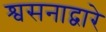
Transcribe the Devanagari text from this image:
श्वसनाद्वारे